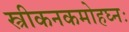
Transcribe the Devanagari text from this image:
स्त्रीकनकमोहघ्नः